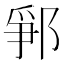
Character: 𨛰